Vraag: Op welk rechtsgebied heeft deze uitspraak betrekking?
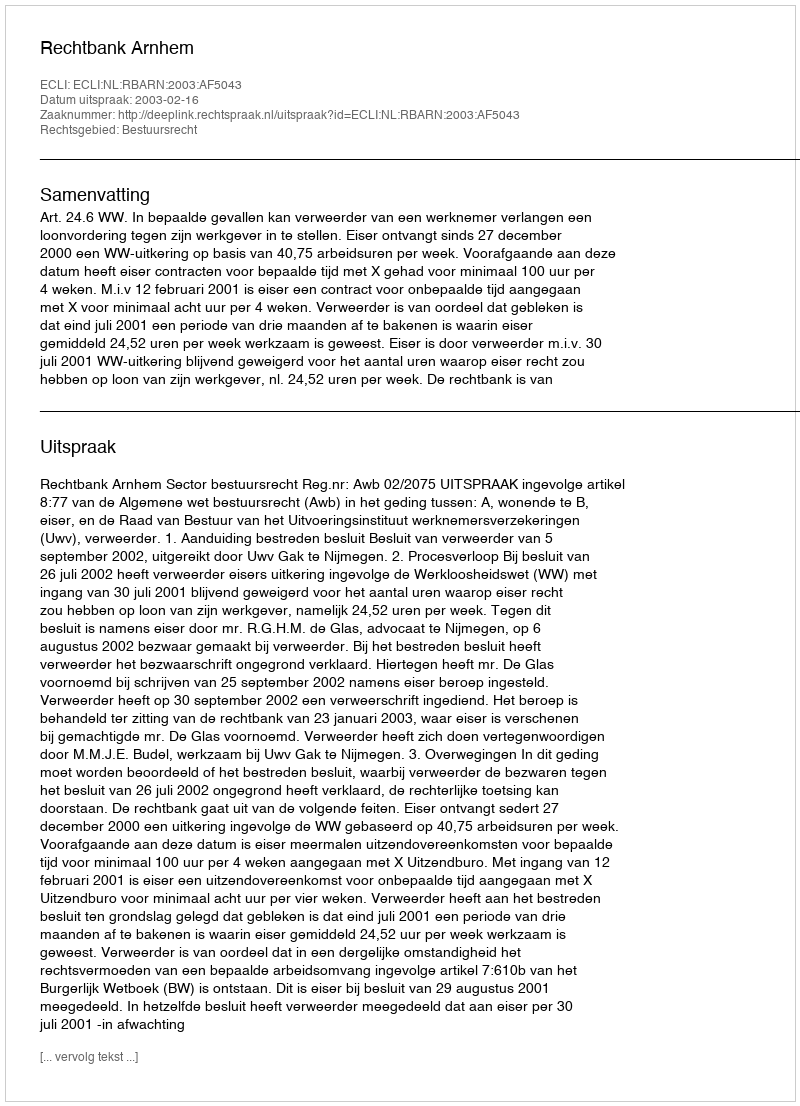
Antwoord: Bestuursrecht